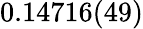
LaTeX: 0.14716(49)